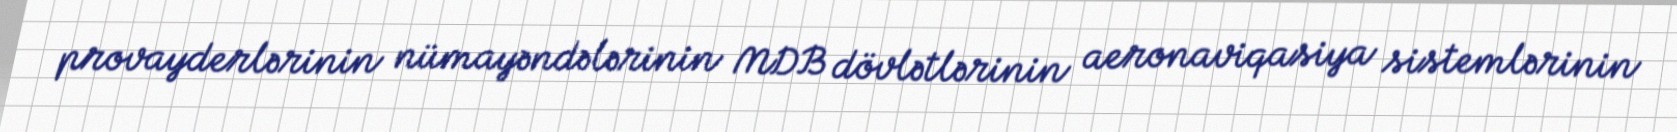
provayderlərinin nümayəndələrinin MDB dövlətlərinin aeronaviqasiya sistemlərinin